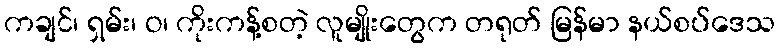
ကချင်၊ ရှမ်း၊ ဝ၊ ကိုးကန့်စတဲ့ လူမျိုးတွေက တရုတ် မြန်မာ နယ်စပ်ဒေသ